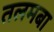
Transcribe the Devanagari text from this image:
तलमबा